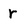
Character: r